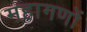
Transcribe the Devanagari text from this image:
महागणों